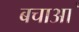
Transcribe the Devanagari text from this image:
बचाआ॓